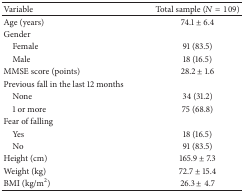
| Variable | Total sample (N = 109) |
 | --- | --- |
 | Age (years) | 74.1 ± 6.4 |
 | Gender |  |
 | Female | 91 (83.5) |
 | Male | 18 (16.5) |
 | MMSE score (points) | 28.2 ± 1.6 |
 | Previous fall in the last 12 months |  |
 | None | 34 (31.2) |
 | 1 or more | 75 (68.8) |
 | Fear of falling |  |
 | Yes | 18 (16.5) |
 | No | 91 (83.5) |
 | Height (cm) | 165.9 ± 7.3 |
 | Weight (kg) | 72.7 ± 15.4 |
 | BMI (kg/m2) | 26.3 ± 4.7 |